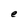
Character: e